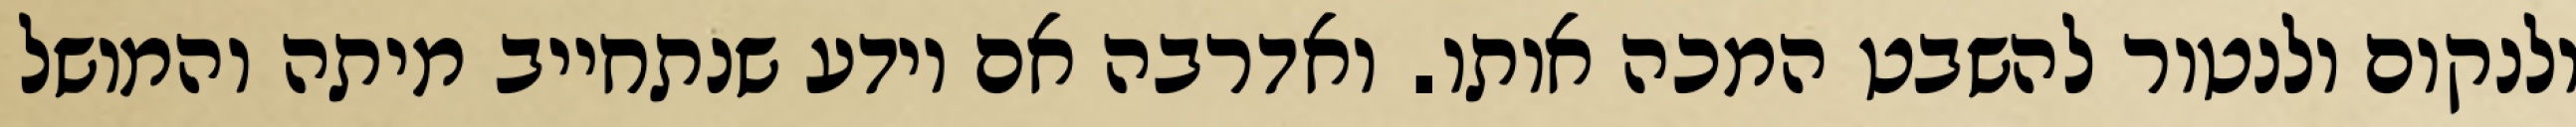
ולנקום ולנטור להשבט המכה אותו. ואדרבה אם יודע שנתחייב מיתה והמושל